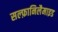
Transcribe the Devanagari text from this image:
सल्फ़ानिलैमाइड